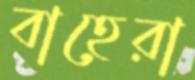
বাহেরা